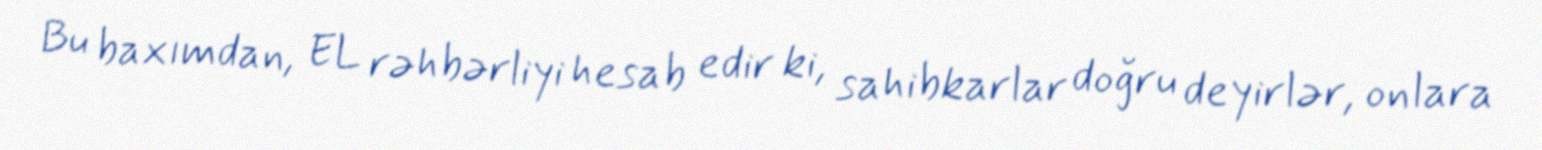
Bu baxımdan, EL rəhbərliyi hesab edir ki, sahibkarlar doğru deyirlər, onlara